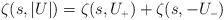
LaTeX: \begin{align*}\zeta (s, \vert U \vert) = \zeta (s, U_{\scriptscriptstyle +}) +\zeta (s, -U_{\scriptscriptstyle -})\end{align*}